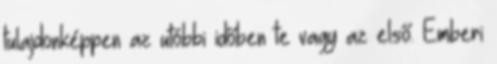
tulajdonképpen az utóbbi időben te vagy az első. Emberi